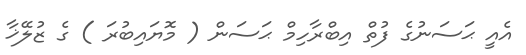
އެއީ ޙަސަނުގެ ފުތް އިބްރާހިމް ޙަސަން ( މޮޔައިބުރަ ) ގެ ޒުލޭޚާ